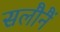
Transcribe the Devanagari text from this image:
सलौनैं